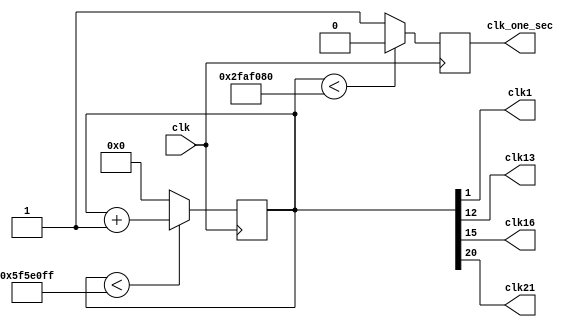
module ClockDivisor (
	input clk,
	output clk1,
	output clk13,
	output clk16,
	output clk21,
	output reg clk_one_sec
);

reg [26:0] count;

always @ (posedge clk) begin
	if (count < 27'd99_999_999)
		count <= count + 1;
	else 
		count <= 0;
end 

always @ (posedge clk) begin
	if (count < 27'd50_000_000) 
		clk_one_sec <= 0;
	else 
		clk_one_sec <= 1;
end

assign clk1 = count[1];
assign clk13 = count[12];
assign clk16 = count[15];
assign clk21 = count[20];

endmodule